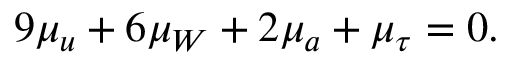
9 \mu _ { u } + 6 \mu _ { W } + 2 \mu _ { a } + \mu _ { \tau } = 0 .